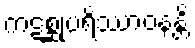
ကဋစ္ဆုပရိဿာဝနန္တိ